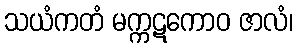
သယံကတံ မက္ကဋကောဝ ဇာလံ၊